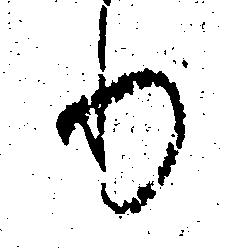
り